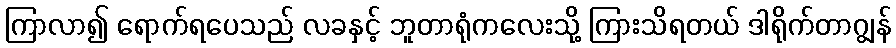
ကြာလာ၍ ရောက်ရပေသည် လခနှင့် ဘူတာရုံကလေးသို့ ကြားသိရတယ် ဒါရိုက်တာဂျွန်